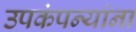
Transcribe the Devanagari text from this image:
उपकंपन्यांना